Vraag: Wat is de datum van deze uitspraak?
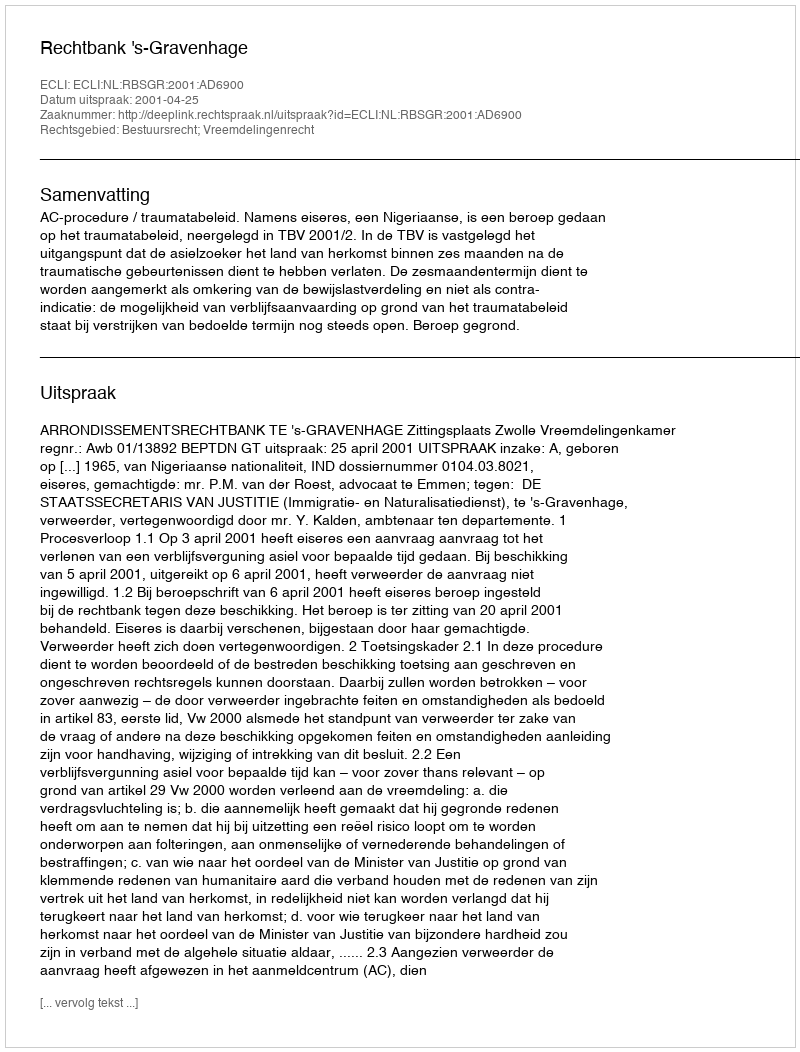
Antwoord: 2001-04-25